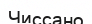
Чиссано